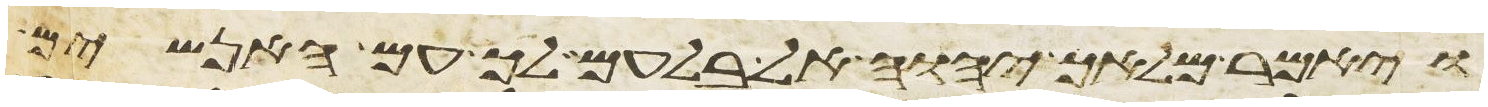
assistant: ויאמר מלאך יהוה אל בלעם לך עם האנשים